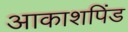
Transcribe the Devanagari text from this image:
आकाशपिंड